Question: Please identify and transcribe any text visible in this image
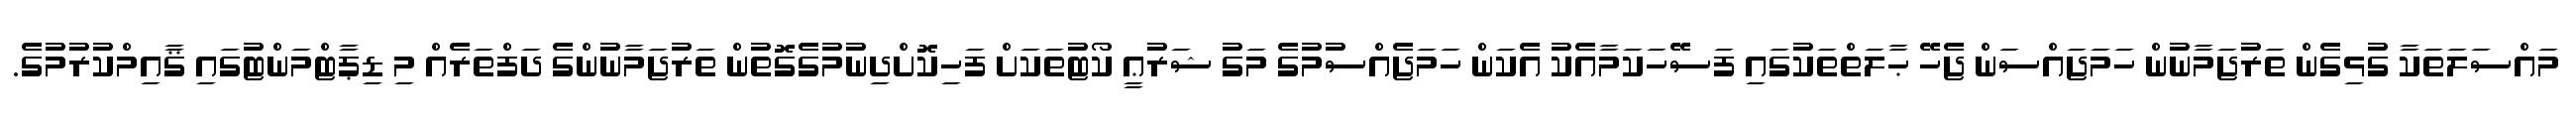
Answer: މައްސަލަތަކާ ގުޅިގެން ތަރުޖަމާނުން ހަމަޖައްސަން ޖެހޭ ޙާލަތްތަކުގައި ފަސޭހަކަމާއެކު އެކަން ހަމަޖެއްސުމުގެ މަގު ޝަރުޢީ ކޯޓުތަކަށް ފަހިކޮށްދިނުމުގެގޮތުން ތަރުޖަމާނުންގެ ދަފްތަރެއް މި ޑިޕާޓްމަންޓުގައި ޤާއިމްކުރުމުގެ.